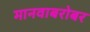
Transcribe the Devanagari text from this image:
मानवाबरोबर